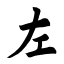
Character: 左